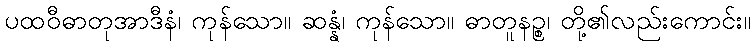
ပထဝီဓာတုအာဒီနံ၊ ကုန်သော။ ဆန္နံ၊ ကုန်သော။ ဓာတူနဉ္စ၊ တို့၏လည်းကောင်း။